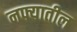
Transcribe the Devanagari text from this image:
नफ्यातील